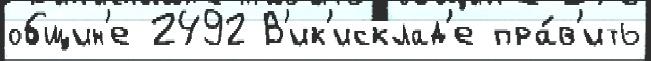
общин'е 2492 В'ик'исклад'е пра́в'ить